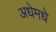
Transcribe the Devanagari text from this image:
अधेमधे